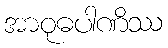
အာဝုဓပါဏိဿ